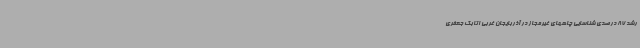
رشد 87 درصدی شناسایی چاههای غیرمجاز در آذربایجان غربی اتابک جعفری